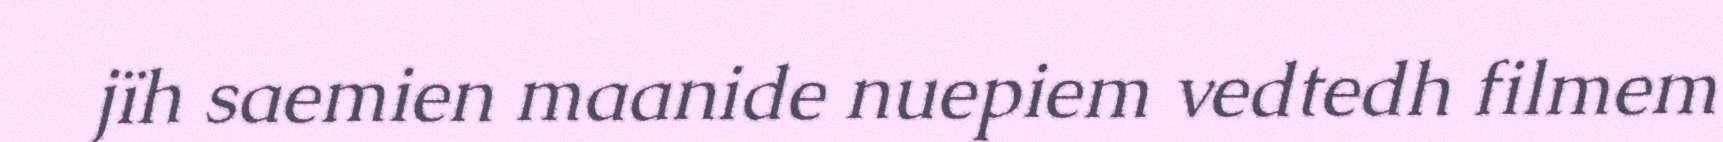
jïh saemien maanide nuepiem vedtedh filmem